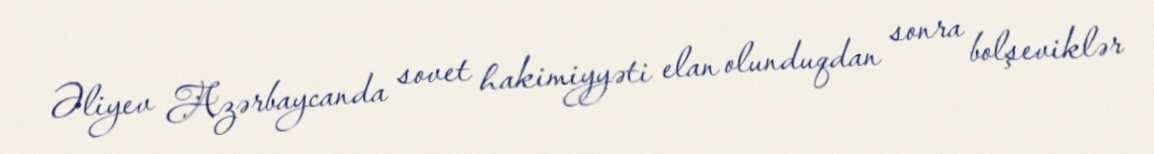
Əliyev Azərbaycanda sovet hakimiyyəti elan olunduqdan sonra bolşeviklər